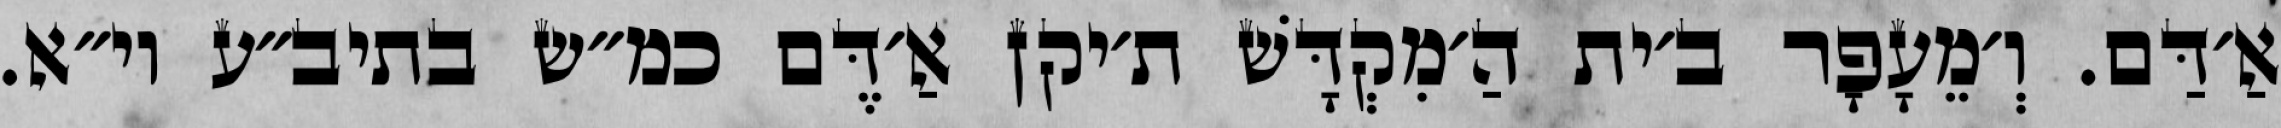
אַ׳דַּם. וְ׳מֵעָפָר ב׳ית הַ׳מִקְדָּשׁ ת׳יקן אַ׳דֶּם כמ״ש בתיב״ע וי״א.